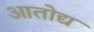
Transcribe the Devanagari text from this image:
आतोद्य